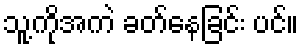
သူ့ကိုအကဲ ခတ်နေခြင်း ပင်။